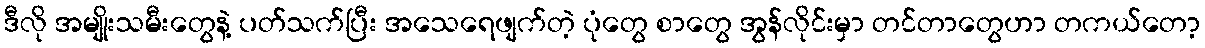
ဒီလို အမျိုးသမီးတွေနဲ့ ပတ်သက်ပြီး အသေရေဖျက်တဲ့ ပုံတွေ စာတွေ အွန်လိုင်းမှာ တင်တာတွေဟာ တကယ်တော့